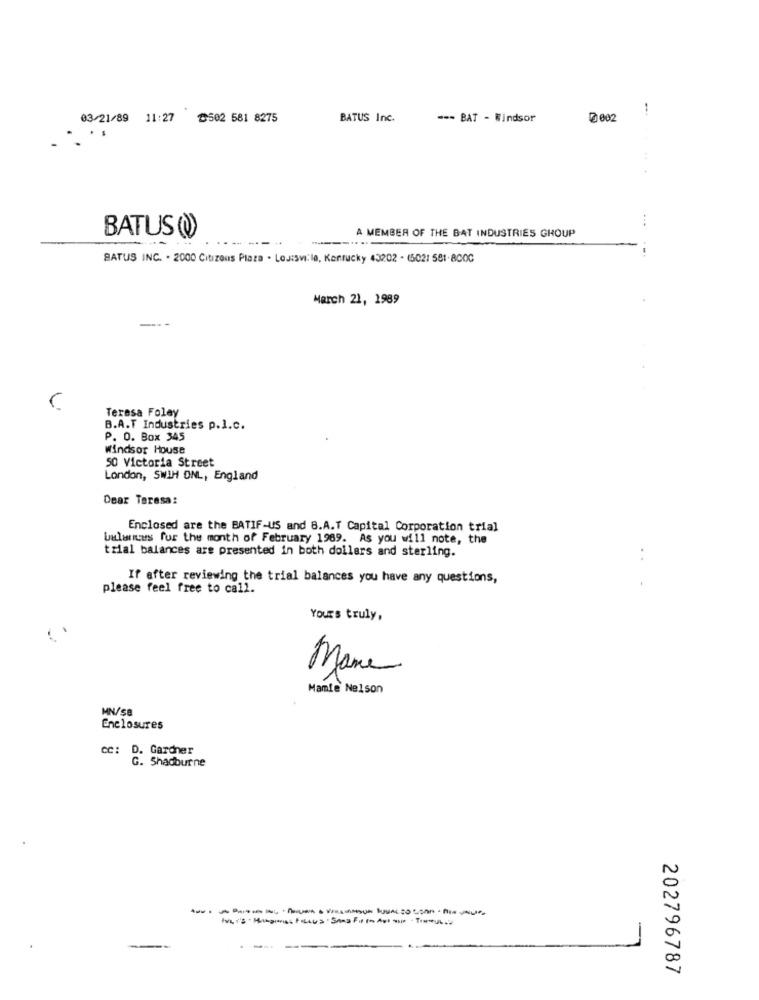
-
03/21/89 11:27 502 581 8275
BATUS Inc.
--- BAT - Windsor
0 002
A MEMBER OF THE BAT INDUSTRIES GROUP
BATUS(
--
BATUS INC. . 2000 Citizens Plaza . Louisvi: le, Kentucky 43202 - (5021 581-8000
March 21, 1989
Teresa Foley
B.A.T Industries p.I.c.
P. O. Box 345
Windsor House
50 Victoria Street
London, SWIM ONL, England
Dear Teresa:
Enclosed are the BATIF-US and 8.A.T Capital Corporation trial
bulences for the month of February 1989. As you will note, the
trial balances are presented in both dollars and sterling.
..
If after reviewing the trial balances you have any questions,
please feel free to call.
Yours truly,
Mana
Mamie Nelson
MN/sa
Enclosures
cc: D. Gardner
G. Shadburne
202796787